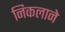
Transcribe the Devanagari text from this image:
निकलाने